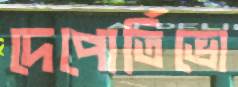
দেপোর্তিভো